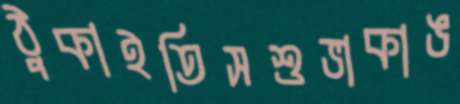
ঠুকাইতিসশুভাকাঙ